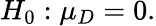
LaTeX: H_{0}:\mu_{D}=0.